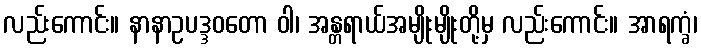
လည်းကောင်း။ နာနာဥပဒ္ဒဝတော ဝါ၊ အန္တရာယ်အမျိုးမျိုးတို့မှ လည်းကောင်း။ အာရက္ခံ၊